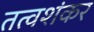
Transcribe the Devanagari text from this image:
तत्वशंकर